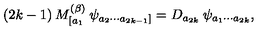
( 2 k - 1 ) \: M _ { [ a _ { 1 } } ^ { ( \beta ) } \: \psi _ { a _ { 2 } \cdots a _ { 2 k - 1 } ] } = D _ { a _ { 2 k } } \: \psi _ { a _ { 1 } \cdots a _ { 2 k } } ,